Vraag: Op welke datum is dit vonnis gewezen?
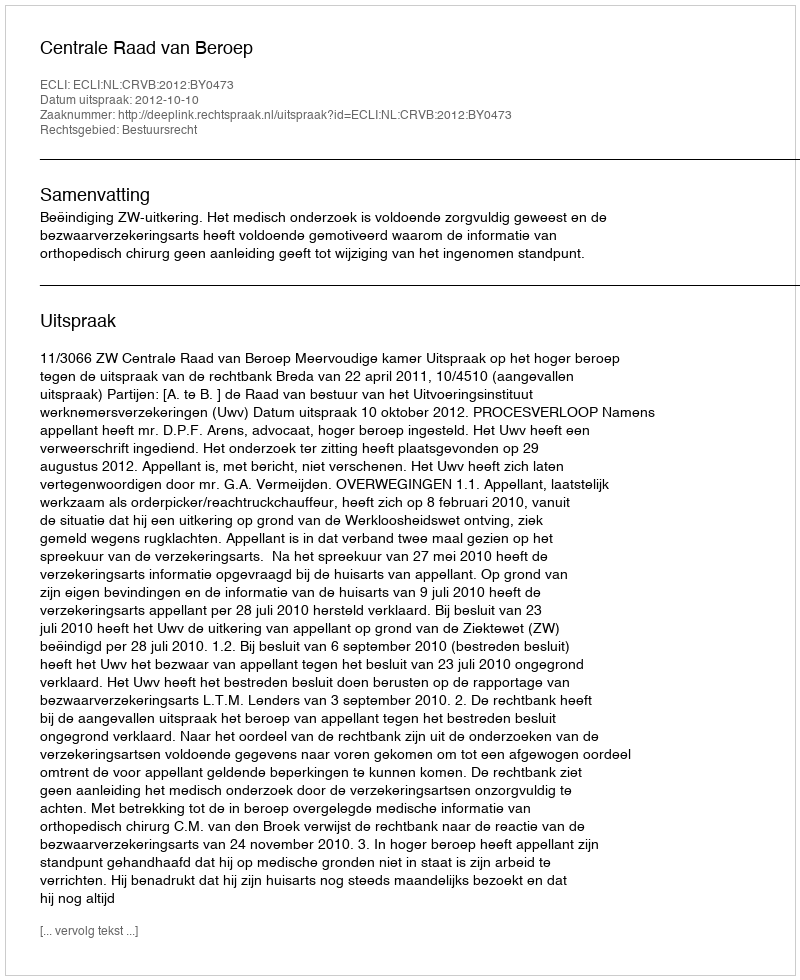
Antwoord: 2012-10-10